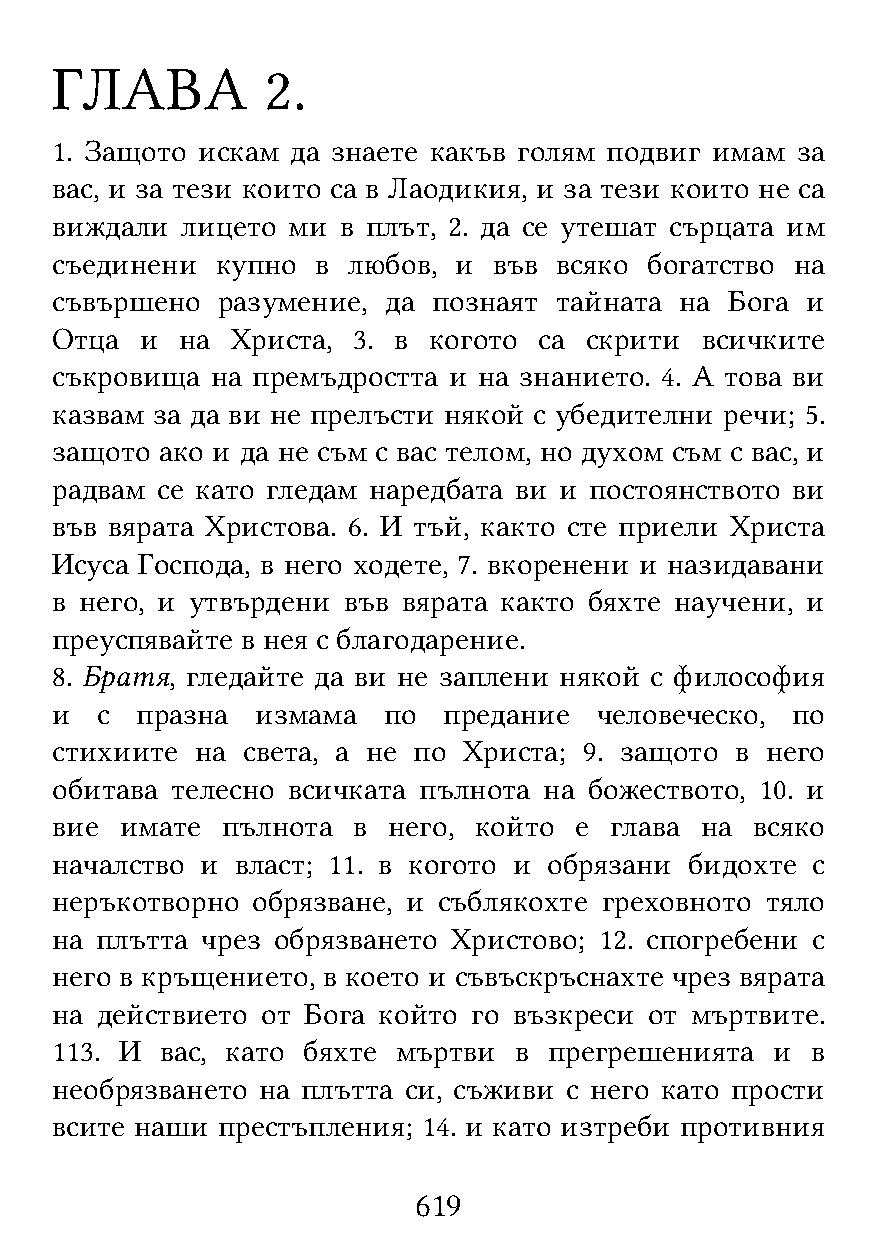
ГЛАВА          2.
 1. Защото искам да знаете какъв голям подвиг имам за
 вас, и за тези които са в Лаодикия, и за тези които не са
 виждали  лицето ми в плът, 2. да се утешат сърцата им
 съединени  купно  в любов, и  във всяко богатство на
 съвършено  разумение, да  познаят тайната на Бога и
 Отца  и  на Христа, 3. в когото  са скрити всичките
 съкровища  на премъдростта и на знанието. 4. А това ви
 казвам за да ви не прелъсти някой с убедителни речи; 5.
 защото  ако и да не съм с вас телом, но духом съм с вас, и
 радвам се като гледам наредбата ви и постоянството ви
 във вярата Христова. 6. И тъй, както сте приели Христа
 Исуса Господа, в него ходете, 7. вкоренени и назидавани
 в него, и утвърдени във вярата както бяхте научени, и
 преуспявайте в нея с благодарение.
 8. Братя, гледайте да ви не заплени някой с философия
 и  с  празна  измама  по  предание   человеческо, по
 стихиите  на света, а не по Христа; 9. защото в него
 обитава телесно всичката пълнота на божеството, 10. и
 вие  имате  пълнота в  него, който е глава на  всяко
 началство и  власт; 11. в когото и обрязани бидохте с
 неръкотворно  обрязване, и съблякохте греховното тяло
 на плътта чрез обрязването Христово; 12. спогребени с
 него в кръщението, в което и съвъскръснахте чрез вярата
 на действието от Бога който го възкреси от мъртвите.
 113. И  вас, като бяхте мъртви в прегрешенията  и  в
 необрязването на плътта си, съживи с него като прости
 всите наши престъпления; 14. и като изтреби противния
 619